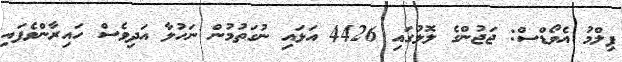
ފިލްމު އެވޯޑްސް: ޖަޖުންގެ ލޮލުގައި 4426 އަޅައި ނުގަތުމުން ނަހުލާ އަދިވެސް ހައިރާންވެފައި